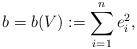
LaTeX: \begin{align*}b=b(V):=\sum_{i=1}^ne_i^2,\end{align*}